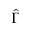
\hat { \Gamma }